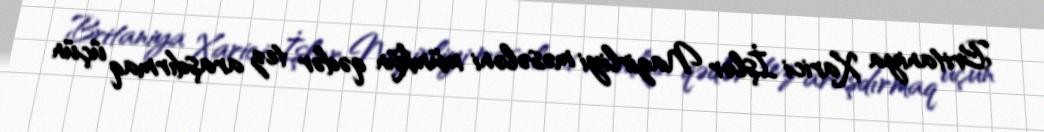
Britaniya Xarici İşlər Nazirliyi məsələni mümkün qədər tez araşdırmaq üçün